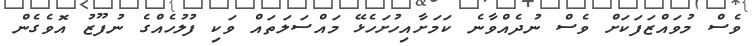
ވެސް މުވައްޒަފަކަށް ވެސް ނުދެއްވާނެ ކަމަށާއިހުށަހެޅޭ މައްސަލަތައް ވަކި ފުލުހެއްގެ ނުފޫޒު އޮވެގެން